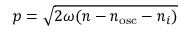
p = { \sqrt { 2 \omega ( n - n _ { \mathrm { o s c } } - n _ { i } ) } }